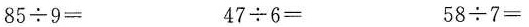
$$8 5 \ d i v 9 =$$ $$4 7 \ d i v 6 =$$ $$5 8 \ d i v 7 =$$